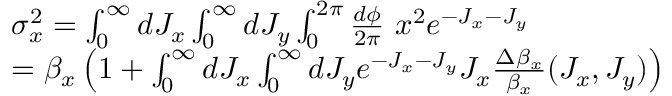
\begin{array} { r l } & { \sigma _ { x } ^ { 2 } = \int _ { 0 } ^ { \infty } d J _ { x } \int _ { 0 } ^ { \infty } d J _ { y } \int _ { 0 } ^ { 2 \pi } \frac { d \phi } { 2 \pi } \ x ^ { 2 } e ^ { - J _ { x } - J _ { y } } } \\ & { = \beta _ { x } \left( 1 + \int _ { 0 } ^ { \infty } d J _ { x } \int _ { 0 } ^ { \infty } d J _ { y } e ^ { - J _ { x } - J _ { y } } J _ { x } \frac { \Delta \beta _ { x } } { \beta _ { x } } ( J _ { x } , J _ { y } ) \right) } \end{array}